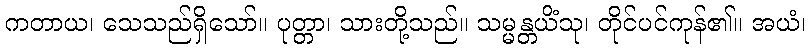
ကတာယ၊ သေသည်ရှိသော်။ ပုတ္တာ၊ သားတို့သည်။ သမ္မန္တယိံသု၊ တိုင်ပင်ကုန်၏။ အယံ၊